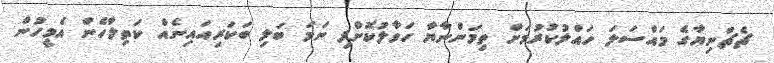
ޗެޗްނިޔާގެ މައްސަލަ ހައްލުކުރުމަށް ތިމަންނާޔާ ހަވާލުކޮށްފި ނަމަ ބަލި ބަކަރިއައިނެއް ކަތިލާހެން އެމީހުން